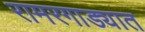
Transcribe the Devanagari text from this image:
रामरगाड्यात